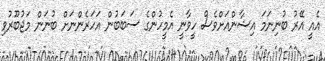
އެއީ އޭރު ބުނިނަމަ އިޝާންއަށްވެސް ހީވާނީ އެމީހުންގެ ސަބަބުން އަހަރެންނަށް ބުނަން މަޖުބޫރުވި